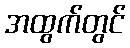
အထွက်တွင်